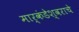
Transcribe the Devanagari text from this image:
मार्कंडेश्वराचे